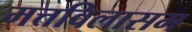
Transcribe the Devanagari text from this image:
मत्तविलासम